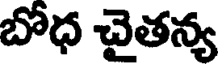
బోధ చైతన్య